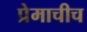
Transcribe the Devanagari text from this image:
प्रेमाचीच